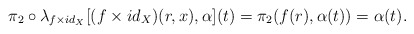
\begin{align*} \pi_{2}\circ \lambda_{f\times id_{X}}[ (f\times id_{X})(r,x),\alpha] (t) =\pi_{2}(f(r),\alpha(t)) = \alpha(t).\end{align*}